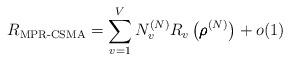
LaTeX: \begin{align*}R_{\textup{MPR-CSMA}} = \sum_{v = 1}^V N_v^{(N)} R_v\left( \pmb{\rho}^{(N)} \right) + o(1)\end{align*}